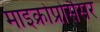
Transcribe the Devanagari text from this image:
माइक्रोप्रोसैसर